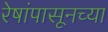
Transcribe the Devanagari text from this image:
रेषांपासूनच्या